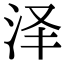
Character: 泽